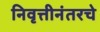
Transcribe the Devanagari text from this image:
निवृत्तीनंतरचे